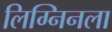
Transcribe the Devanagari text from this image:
लिग्निनला